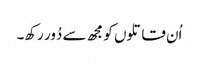
اُن قاتلوں کو مجھ سے دُور رکھ۔